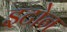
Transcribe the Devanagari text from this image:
इटोन